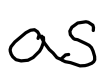
Text: as
Cross-out: clean
Writing tool: digital_black